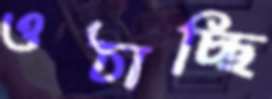
ওঠাচ্ছি